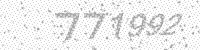
Solution: 771992